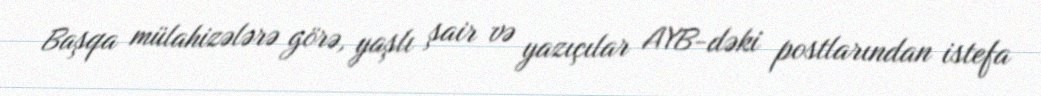
Başqa mülahizələrə görə, yaşlı şair və yazıçılar AYB-dəki postlarından istefa